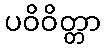
ပဝိဝိတ္တာ